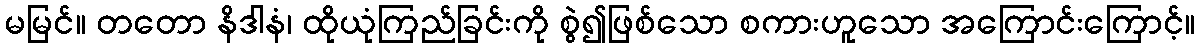
မမြင်။ တတော နိဒါနံ၊ ထိုယုံကြည်ခြင်းကို စွဲ၍ဖြစ်သော စကားဟူသော အကြောင်းကြောင့်။